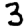
Digit: 3